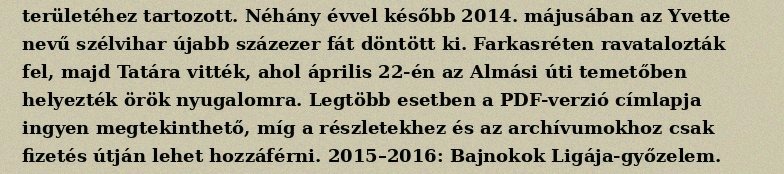
területéhez tartozott. Néhány évvel később 2014. májusában az Yvette nevű szélvihar újabb százezer fát döntött ki. Farkasréten ravatalozták fel, majd Tatára vitték, ahol április 22-én az Almási úti temetőben helyezték örök nyugalomra. Legtöbb esetben a PDF-verzió címlapja ingyen megtekinthető, míg a részletekhez és az archívumokhoz csak fizetés útján lehet hozzáférni. 2015–2016: Bajnokok Ligája-győzelem.